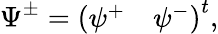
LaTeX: \Psi^{\pm}=\left(\begin{array}{rr}{{\psi^{+}}}&{{\psi^{-}}}\end{array}\right)^{t},